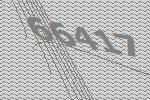
66417